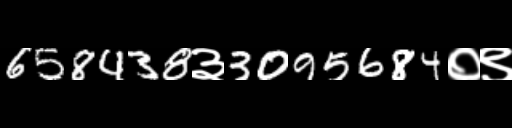
Text: 658438३3095684०९